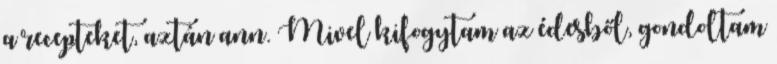
a recepteket, aztán ann. Mivel kifogytam az édesből, gondoltam